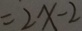
= 2 x - 2